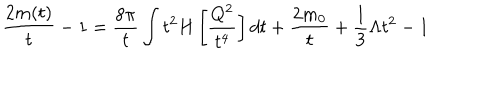
LaTeX: \frac { 2 m ( t ) } { t } - 1 = \frac { 8 \pi } { t } \int t ^ { 2 } H \left[ \frac { Q ^ { 2 } } { t ^ { 4 } } \right] d t + \frac { 2 m _ { 0 } } { t } + \frac { 1 } { 3 } \Lambda t ^ { 2 } - 1